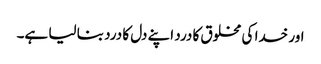
اور خدا کی مخلوق کا درد اپنے دل کا درد بنا لیا ہے۔